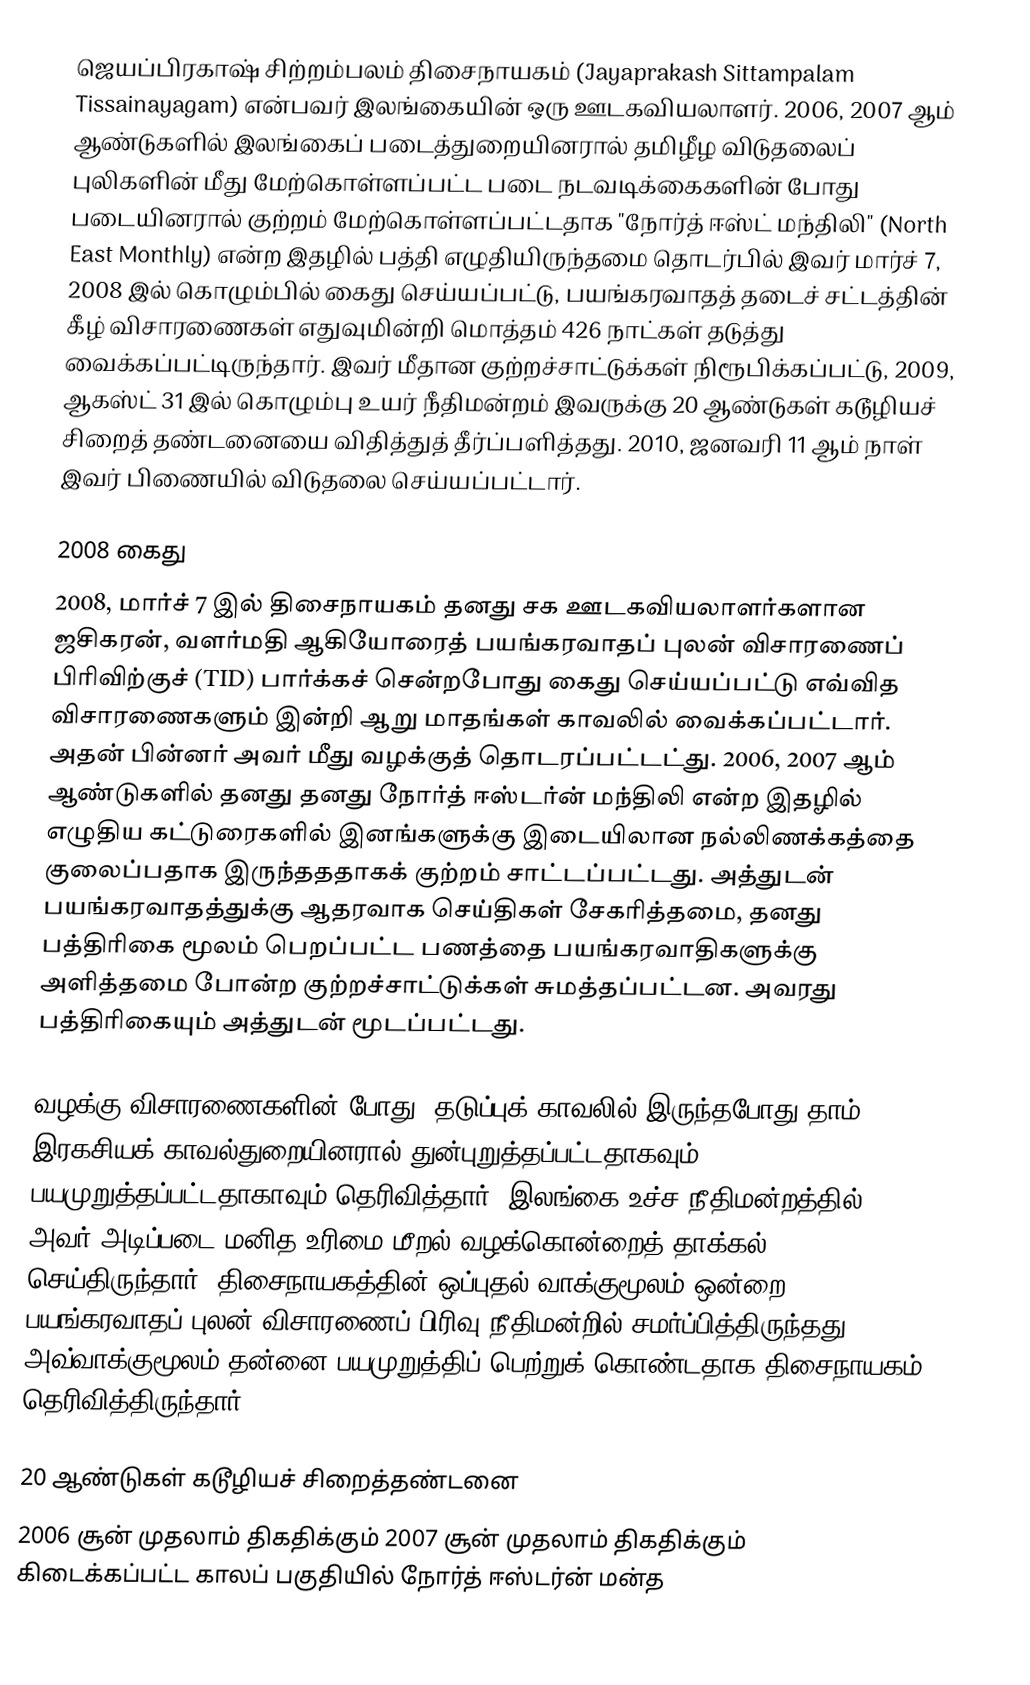
ஜெயப்பிரகாஷ் சிற்றம்பலம் திசைநாயகம் (Jayaprakash Sittampalam Tissainayagam) என்பவர் இலங்கையின் ஒரு ஊடகவியலாளர். 2006, 2007 ஆம் ஆண்டுகளில் இலங்கைப் படைத்துறையினரால் தமிழீழ விடுதலைப் புலிகளின் மீது மேற்கொள்ளப்பட்ட படை நடவடிக்கைகளின் போது படையினரால் குற்றம் மேற்கொள்ளப்பட்டதாக "நோர்த் ஈஸ்ட் மந்திலி" (North East Monthly) என்ற இதழில் பத்தி எழுதியிருந்தமை தொடர்பில் இவர் மார்ச் 7, 2008 இல் கொழும்பில் கைது செய்யப்பட்டு, பயங்கரவாதத் தடைச் சட்டத்தின் கீழ் விசாரணைகள் எதுவுமின்றி மொத்தம் 426 நாட்கள் தடுத்து வைக்கப்பட்டிருந்தார். இவர் மீதான குற்றச்சாட்டுக்கள் நிரூபிக்கப்பட்டு, 2009,  ஆகஸ்ட் 31 இல் கொழும்பு உயர் நீதிமன்றம் இவருக்கு 20 ஆண்டுகள் கடூழியச் சிறைத் தண்டனையை விதித்துத் தீர்ப்பளித்தது. 2010, ஜனவரி 11 ஆம் நாள் இவர் பிணையில் விடுதலை செய்யப்பட்டார்.

2008 கைது
2008, மார்ச் 7 இல் திசைநாயகம் தனது சக ஊடகவியலாளர்களான ஜசிகரன், வளர்மதி ஆகியோரைத் பயங்கரவாதப் புலன் விசாரணைப் பிரிவிற்குச் (TID) பார்க்கச் சென்றபோது கைது செய்யப்பட்டு எவ்வித விசாரணைகளும் இன்றி ஆறு மாதங்கள் காவலில் வைக்கப்பட்டார். அதன் பின்னர் அவர் மீது வழக்குத் தொடரப்பட்டட்து. 2006, 2007 ஆம் ஆண்டுகளில் தனது தனது நோர்த் ஈஸ்டர்ன் மந்திலி என்ற இதழில் எழுதிய கட்டுரைகளில் இனங்களுக்கு இடையிலான நல்லிணக்கத்தை குலைப்பதாக இருந்தததாகக் குற்றம் சாட்டப்பட்டது. அத்துடன் பயங்கரவாதத்துக்கு ஆதரவாக செய்திகள் சேகரித்தமை, தனது பத்திரிகை மூலம் பெறப்பட்ட பணத்தை பயங்கரவாதிகளுக்கு அளித்தமை போன்ற குற்றச்சாட்டுக்கள் சுமத்தப்பட்டன. அவரது பத்திரிகையும் அத்துடன் மூடப்பட்டது.

வழக்கு விசாரணைகளின் போது, தடுப்புக் காவலில் இருந்தபோது தாம் இரகசியக் காவல்துறையினரால் துன்புறுத்தப்பட்டதாகவும், பயமுறுத்தப்பட்டதாகாவும் தெரிவித்தார். இலங்கை உச்ச நீதிமன்றத்தில் அவர் அடிப்படை மனித உரிமை மீறல் வழக்கொன்றைத் தாக்கல் செய்திருந்தார். திசைநாயகத்தின் ஒப்புதல் வாக்குமூலம் ஒன்றை பயங்கரவாதப் புலன் விசாரணைப் பிரிவு நீதிமன்றில் சமர்ப்பித்திருந்தது. அவ்வாக்குமூலம் தன்னை பயமுறுத்திப் பெற்றுக் கொண்டதாக திசைநாயகம் தெரிவித்திருந்தார்.

20 ஆண்டுகள் கடூழியச் சிறைத்தண்டனை
2006 சூன் முதலாம் திகதிக்கும் 2007 சூன் முதலாம் திகதிக்கும் கிடைக்கப்பட்ட காலப் பகுதியில் நோர்த் ஈஸ்டர்ன் மன்த